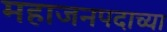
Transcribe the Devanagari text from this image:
महाजनपदाच्या